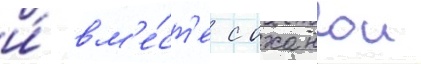
и́ вм'е́ст'е с оханои